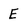
Character: E